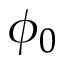
\phi _ { 0 }